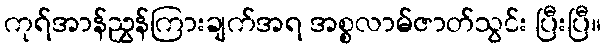
ကုရ်အာန်ညွှန်ကြားချက်အရ အစ္စလာမ်ဇာတ်သွင်း ပြီးပြီ။